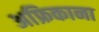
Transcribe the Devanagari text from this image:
अफ्रिकाना